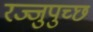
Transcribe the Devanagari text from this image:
रज्जुपुच्छ